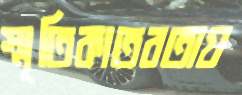
স্মৃতিকাতরতায়